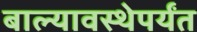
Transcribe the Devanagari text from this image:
बाल्यावस्थेपर्यंत